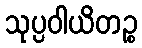
သုပ္ပဝါယိတဉ္စ